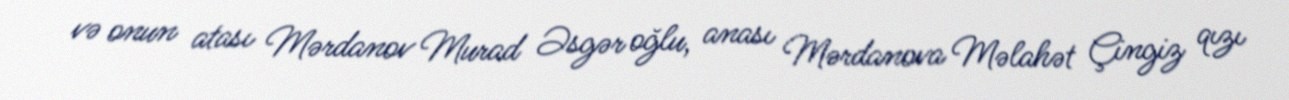
və onun atası Mərdanov Murad Əsgər oğlu, anası Mərdanova Məlahət Çingiz qızı